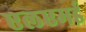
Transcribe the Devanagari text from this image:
एलएमई